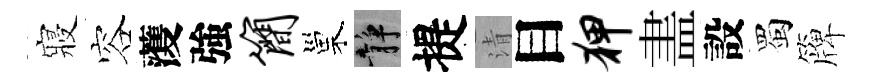
寢容𮑮強简巢静提清目狎𥁞設蜀簰